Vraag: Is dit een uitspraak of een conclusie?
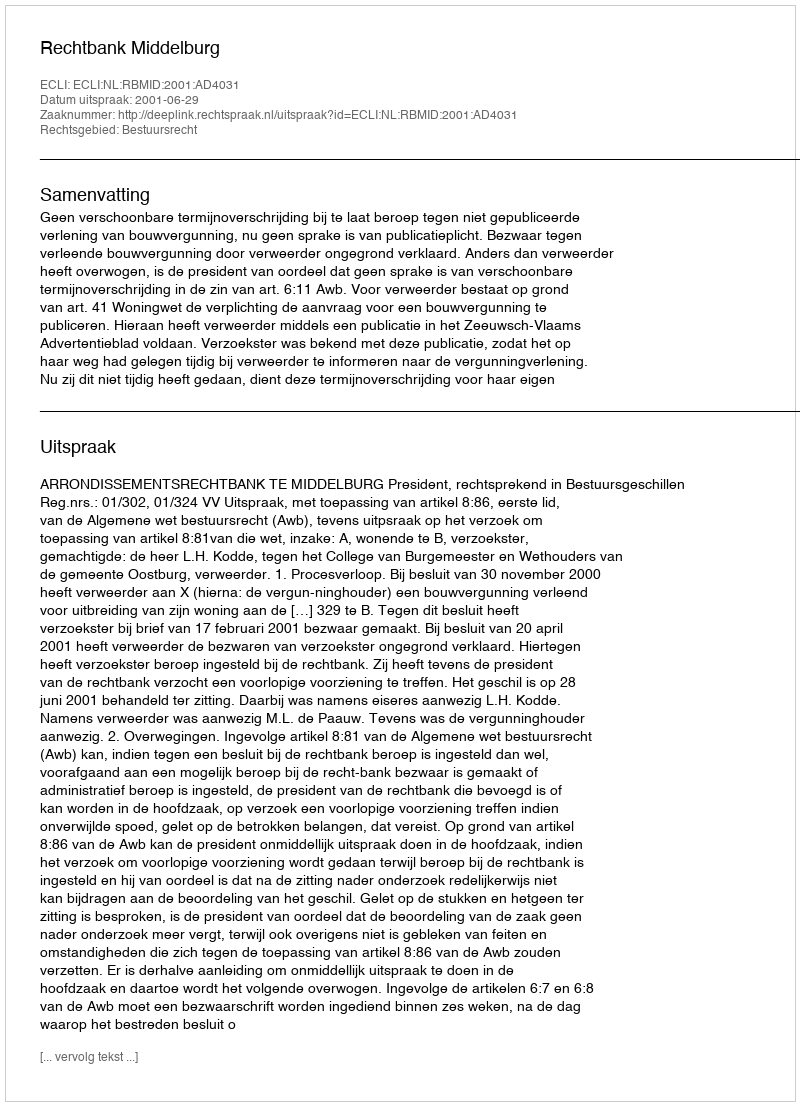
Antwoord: Uitspraak